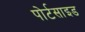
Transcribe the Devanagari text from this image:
पोर्टसाइड